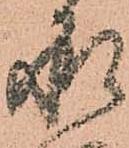
承